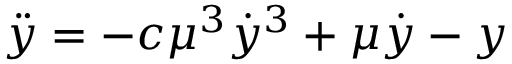
\ddot { y } = - c \mu ^ { 3 } \dot { y } ^ { 3 } + \mu \dot { y } - y